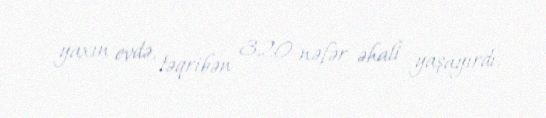
yaxın evdə, təqribən 320 nəfər əhali yaşayırdı.